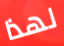
لهذا